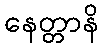
နေတ္တာနိ